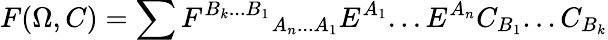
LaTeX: F(\Omega,C)=\sum{F^{B_{k}...B_{1}}}_{A_{n}...A_{1}}E^{A_{1}}...E^{A_{n}}C_{B_{1}}...C_{B_{k}}